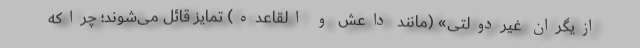
ازیگرانِ غیرِدولتی» (مانند داعش و القاعده) تمایز قائل می‌شوند؛ چراکه